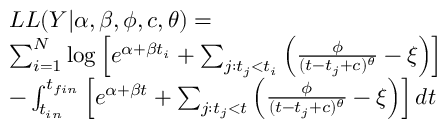
\begin{array} { r l } & { L L ( Y | \alpha , \beta , \phi , c , \theta ) = } \\ & { \sum _ { i = 1 } ^ { N } \log \left[ e ^ { \alpha + \beta t _ { i } } + \sum _ { j : t _ { j } < t _ { i } } \left( \frac { \phi } { ( t - t _ { j } + c ) ^ { \theta } } - \xi \right) \right] } \\ & { - \int _ { t _ { i n } } ^ { t _ { f i n } } \left[ e ^ { \alpha + \beta t } + \sum _ { j : t _ { j } < t } \left( \frac { \phi } { ( t - t _ { j } + c ) ^ { \theta } } - \xi \right) \right] d t } \end{array}